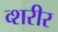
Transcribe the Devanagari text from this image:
व्शरीर